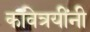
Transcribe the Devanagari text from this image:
कवित्रयींनी